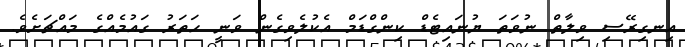
އިނގިރޭސި ވިލާތް ނުވަތަ ޔުނައިޓެޑް ކިންގްޑަމް އެކުލެވިގެން ވަނީ ހަތަރު ގައުމެއްގެ މައްޗަށެވެ.